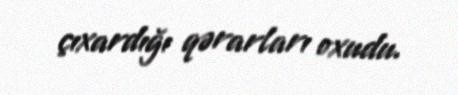
çıxardığı qərarları oxudu.